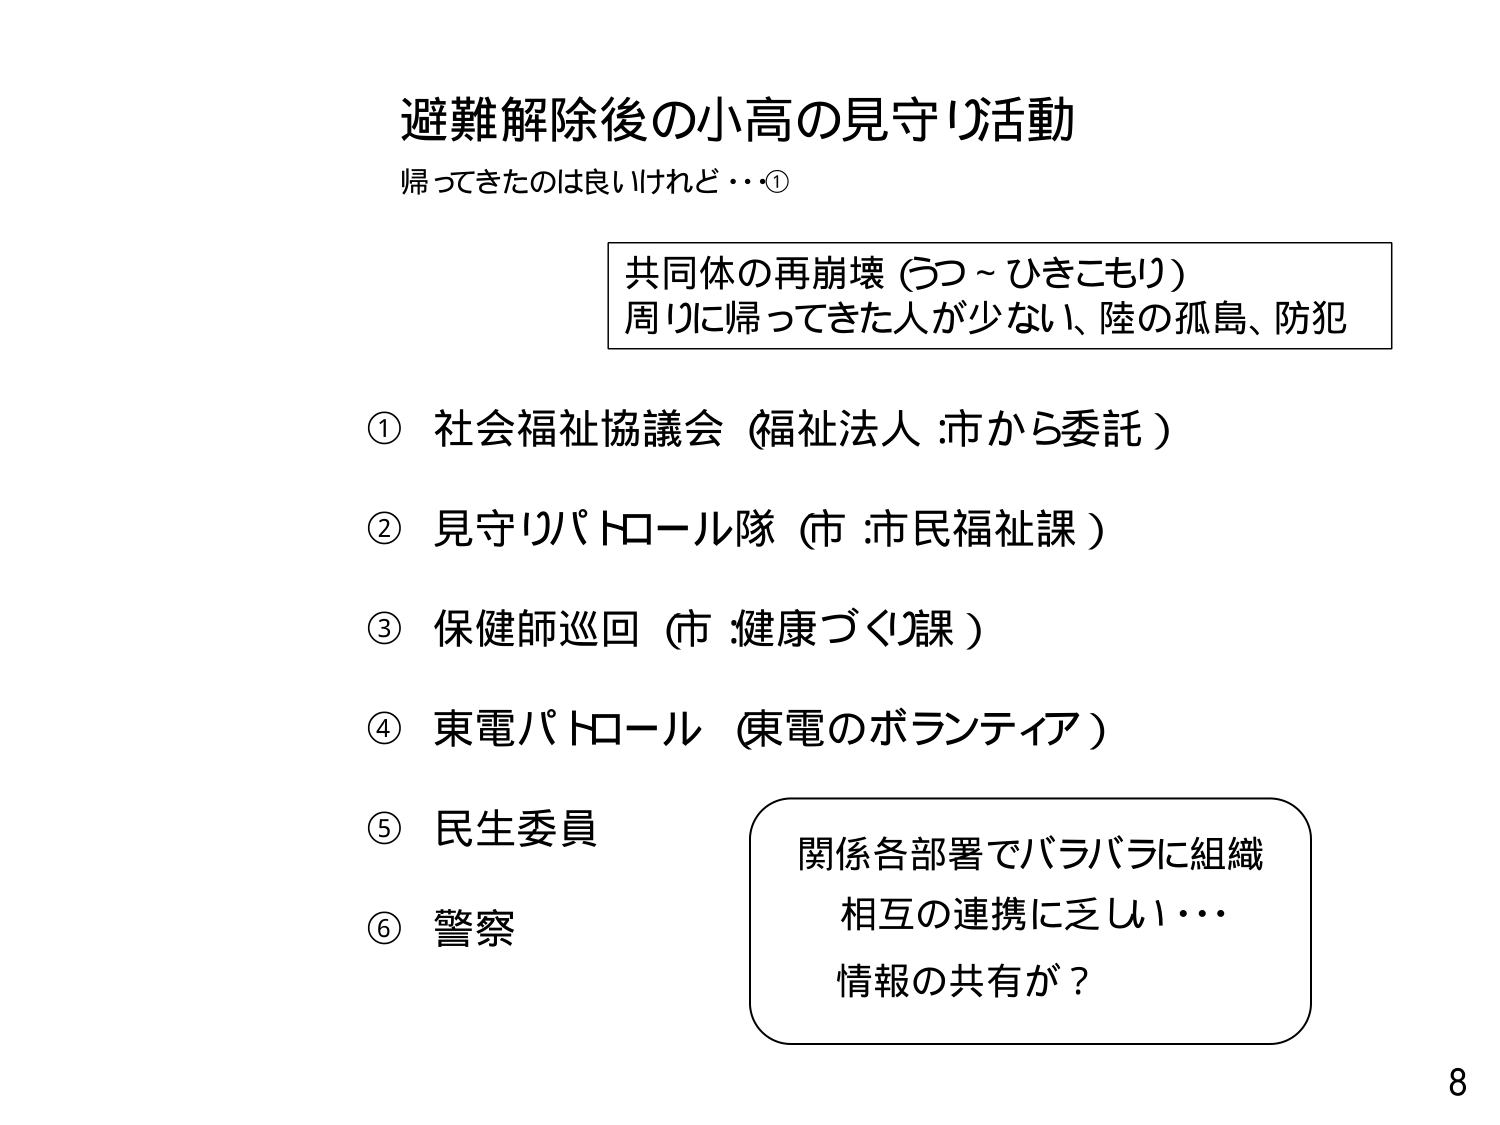
避難解除後の小高の見守り活動
帰ってきたのは良いけれど・・①

共同体の再崩壊（うつ～ひきこもり）
周りに帰ってきた人が少ない、陸の孤島、防犯

① 社会福祉協議会（福祉法人：市から委託）
② 見守りパトロール隊（市：市民福祉課）
③ 保健師巡回（市：健康づくり課）
④ 東電パトロール（東電のボランティア）
⑤ 民生委員
⑥ 警察

関係各部署でバラバラに組織
相互の連携に乏しい・・・
情報の共有が？

8